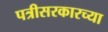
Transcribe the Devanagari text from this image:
पत्रीसरकारच्या